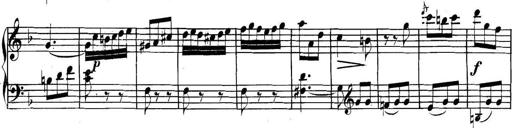
Title: Collected Piano Sonatas
Composer: Muzio Clementi